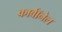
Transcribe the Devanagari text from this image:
कार्बाॅनेल